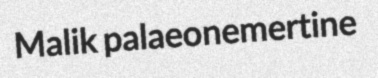
Malik palaeonemertine